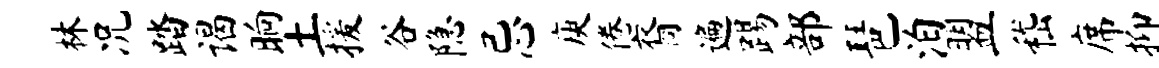
林况踏谒晌土援谷隐忌庾倦裔遍踢部琶泊盟嵇席抑